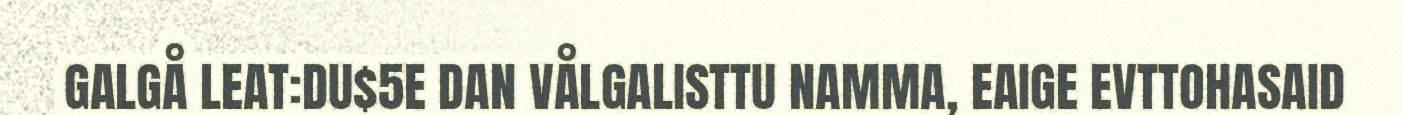
GALGÅ LEAT:DU$5E DAN VÅLGALISTTU NAMMA, EAIGE EVTTOHASAID